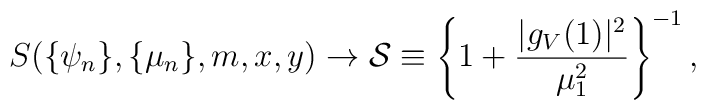
S(\{\psi_n\},\{\mu_n\},m,x,y)\rightarrow {\cal S}\equiv  \left\{1+\frac{|g_V(1)|^2}{\mu_1^2}\right\}^{-1},